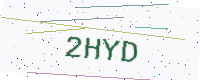
Text: 2HYD